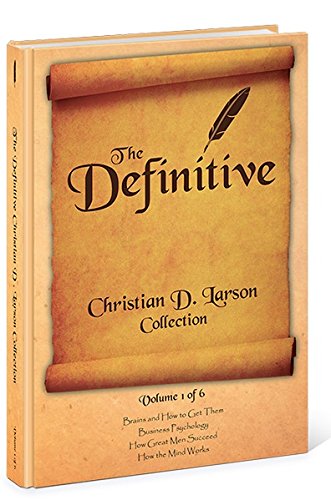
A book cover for The Definitive Christian D. Larson Collection - Volume 1 of 6; Christian D. Larson; Christian Books & Bibles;